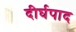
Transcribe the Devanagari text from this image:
दीर्घपाद